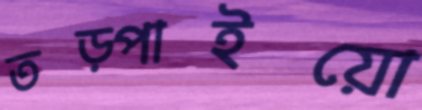
তড়্‌পাইয়ো